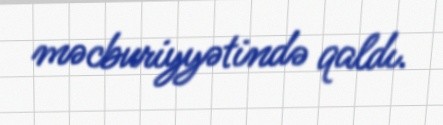
məcburiyyətində qaldı.